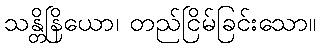
သန္တိနြိယော၊ တည်ငြိမ်ခြင်းသော။